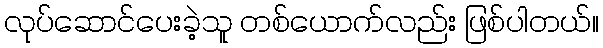
လုပ်ဆောင်ပေးခဲ့သူ တစ်ယောက်လည်း ဖြစ်ပါတယ်။